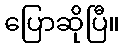
ပြောဆိုပြီ။